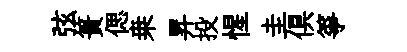
弦簣偲桒昇投惺圭俱箏